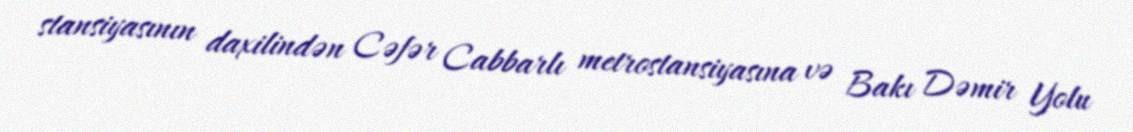
stansiyasının daxilindən Cəfər Cabbarlı metrostansiyasına və Bakı Dəmir Yolu